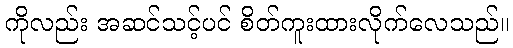
ကိုလည်း အဆင်သင့်ပင် စိတ်ကူးထားလိုက်လေသည်။